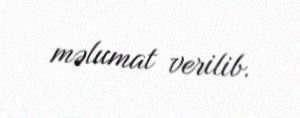
məlumat verilib.